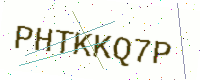
Text: PHTKKQ7P